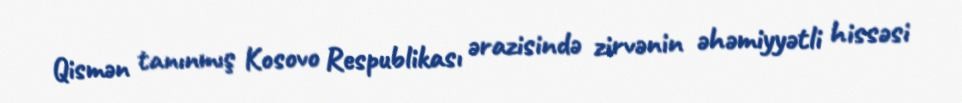
Qismən tanınmış Kosovo Respublikası ərazisində zirvənin əhəmiyyətli hissəsi